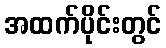
အထက်ပိုင်းတွင်